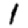
Digit: 1